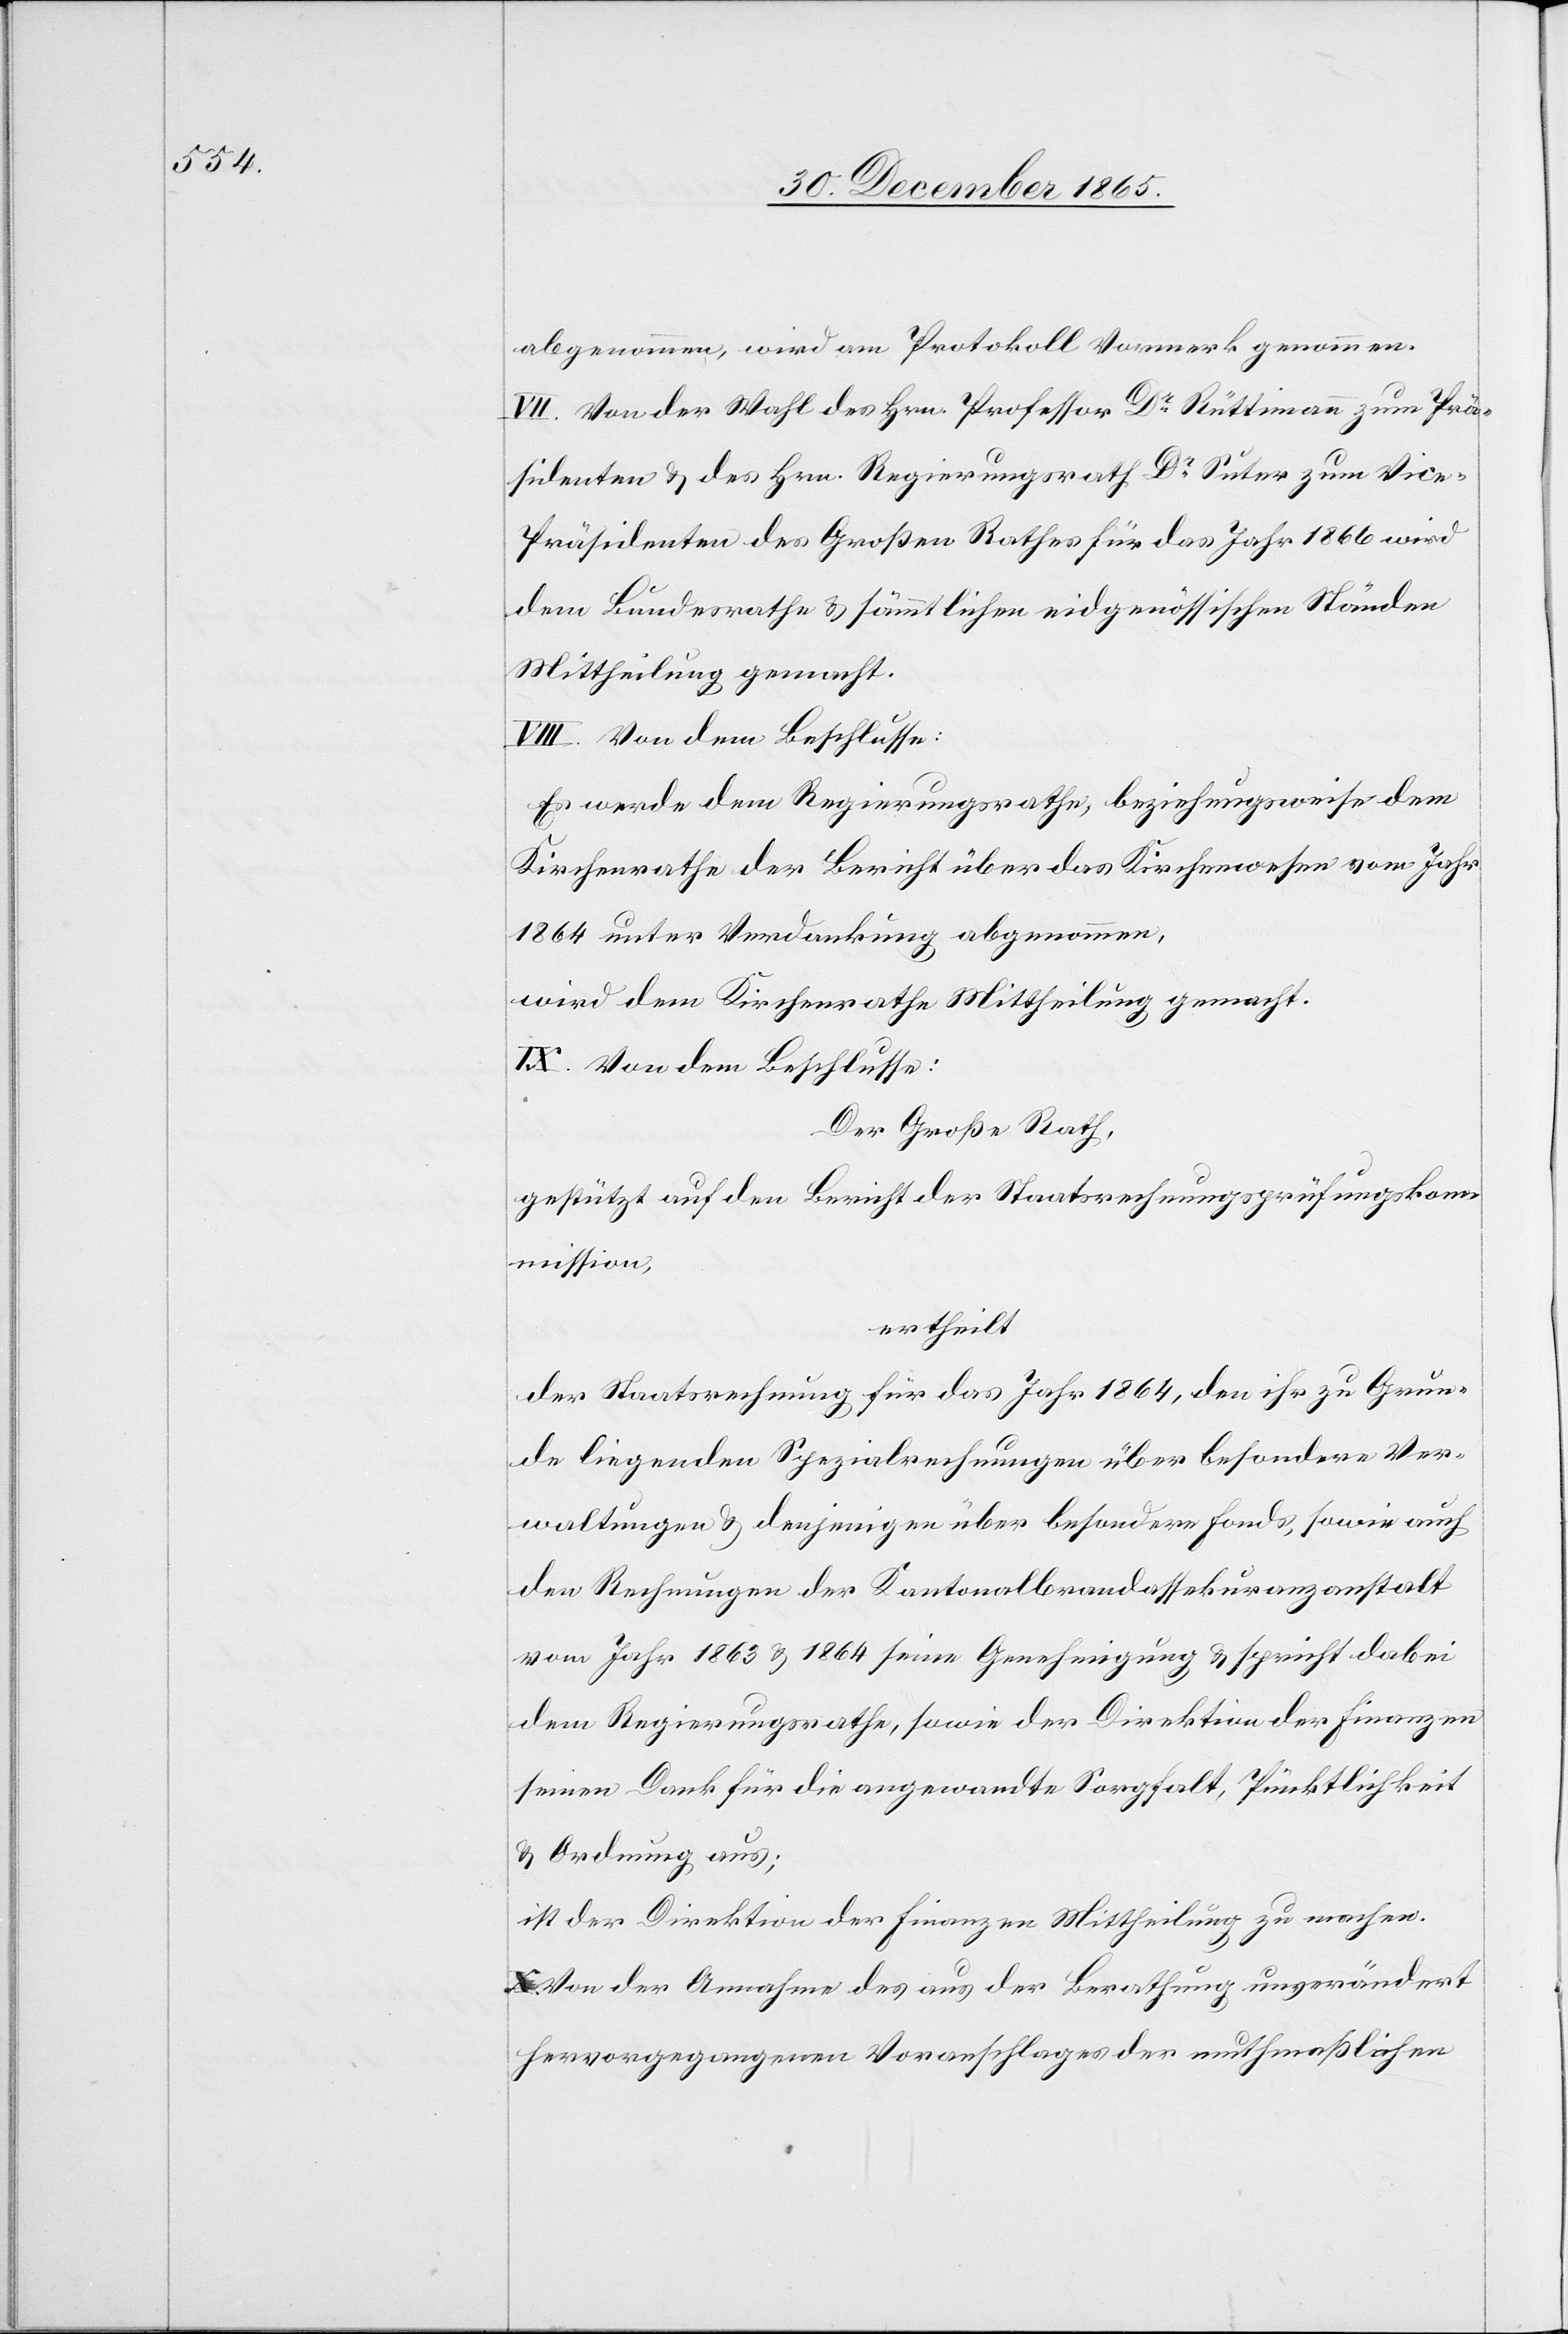
abgenommen, wird am Protokoll Vormerk genommen.
VII. Von der Wahl des Hrn. Professor Dr Rüttimann zum Prä¬
sidenten & des Hrn. Regierungsrath Suter zum Vice¬
präsidenten des Großen Rathes für das Jahr 1866 wird
dem Bundesrathe & sämmtlichen eidgenössischen Ständen
Mittheilung gemacht.
VIII. Von dem Beschlusse:
Es werde dem Regierungsrathe, beziehungsweise dem
Kirchenrathe der Bericht über das Kirchenwesen vom Jahr
1864 unter Verdankung abgenommen.
wird dem Kirchenrathe Mittheilung gemacht.
IX. Von dem Beschlusse:
Der Große Rath,
gestützt auf den Bericht der Staatsrechnungsprüfungskom¬
mission,
ertheilt
der Staatsrechnung für das Jahr 1864, den ihr zu Grun¬
de liegenden Spezialrechnungen über besondere Ver¬
waltungen & denjenigen über besondere Fonds, sowie auch
den Rechnungen der Kantonalbrandassekuranzanstalt
vom Jahr 1863 & 1864 seine Genehmigung & spricht dabei
dem Regierungsrathe, sowie der Direktion der Finanzen
seinen Dank für die angewandte Sorgfalt, Pünktlichkeit
& Ordnung aus;
ist der Direktion der Finanzen Mittheilung zu machen.
Von der Annahme des aus der Berathung unverändert
hervorgegangenen Voranschlages der muthmaßlichen